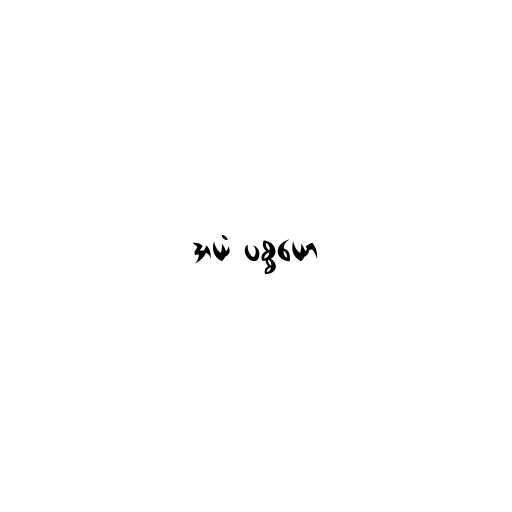
အယံ ပစ္စယော